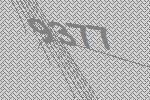
9377